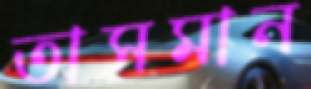
তাসমান